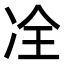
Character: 㓌